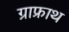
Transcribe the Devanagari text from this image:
ग्राफ्राथ